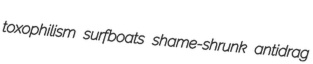
toxophilism surfboats shame-shrunk antidrag